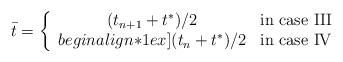
LaTeX: \begin{align*}\bar t =\left\{\begin{array}{cl}(t_{n+1} + t^*)/2 & \textrm{in case III} \\begin{align*}1ex](t_{n} + t^*)/2 & \textrm{in case IV}\end{array}\right.\end{align*}